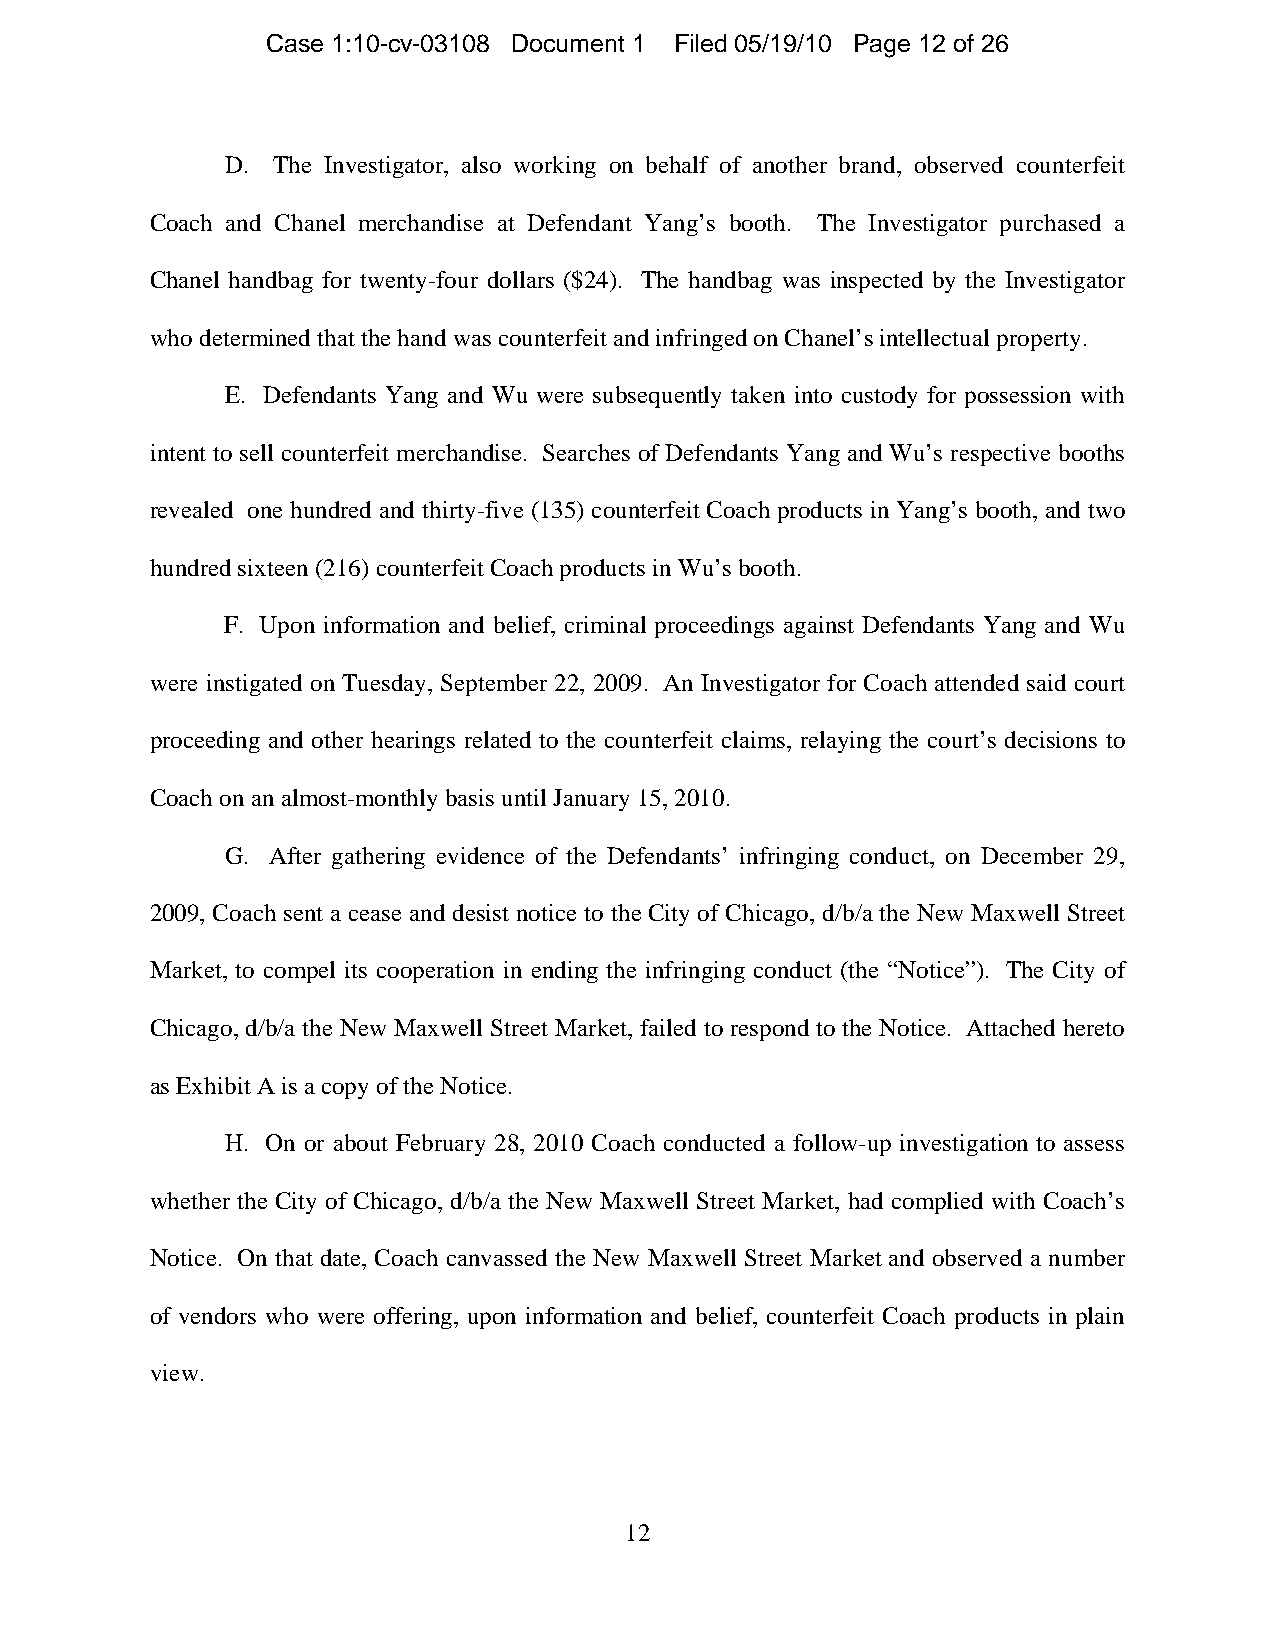
Case 1:10-cv-03108 Document 1 Filed 05/19/10 Page 12 of 26
 D. The Investigator, also working on behalf of another brand, observed counterfeit
 Coach and Chanel merchandise at Defendant Yang’s booth. The Investigator purchased a
 Chanel handbag for twenty-four dollars ($24). The handbag was inspected by the Investigator
 who determined that the hand was counterfeit and infringed on Chanel’s intellectual property.
 E. Defendants Yang and Wu were subsequently taken into custody for possession with
 intent to sell counterfeit merchandise. Searches of Defendants Yang and Wu’s respective booths
 revealed one hundred and thirty-five (135) counterfeit Coach products in Yang’s booth, and two
 hundred sixteen (216) counterfeit Coach products in Wu’s booth.
 F. Upon information and belief, criminal proceedings against Defendants Yang and Wu
 were instigated on Tuesday, September 22, 2009. An Investigator for Coach attended said court
 proceeding and other hearings related to the counterfeit claims, relaying the court’s decisions to
 Coach on an almost-monthly basis until January 15, 2010.
 G. After gathering evidence of the Defendants’ infringing conduct, on December 29,
 2009, Coach sent a cease and desist notice to the City of Chicago, d/b/a the New Maxwell Street
 Market, to compel its cooperation in ending the infringing conduct (the “Notice”). The City of
 Chicago, d/b/a the New Maxwell Street Market, failed to respond to the Notice. Attached hereto
 as Exhibit A is a copy of the Notice.
 H. On or about February 28, 2010 Coach conducted a follow-up investigation to assess
 whether the City of Chicago, d/b/a the New Maxwell Street Market, had complied with Coach’s
 Notice. On that date, Coach canvassed the New Maxwell Street Market and observed a number
 of vendors who were offering, upon information and belief, counterfeit Coach products in plain
 view.
 12